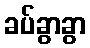
ခပ်ခွာခွာ